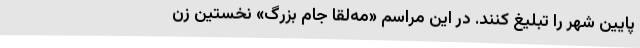
پایین شهر را تبلیغ کنند. در این مراسم «مه‌لقا جام بزرگ» نخستین زن